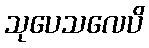
သုပေသလေပိ